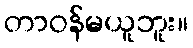
တာဝန်မယူဘူး။